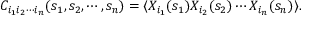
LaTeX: C _ { i _ { 1 } i _ { 2 } \cdots i _ { n } } ( s _ { 1 } , s _ { 2 } , \cdots , s _ { n } ) = \langle X _ { i _ { 1 } } ( s _ { 1 } ) X _ { i _ { 2 } } ( s _ { 2 } ) \cdots X _ { i _ { n } } ( s _ { n } ) \rangle .